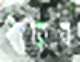
ধারিব